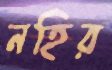
নহির